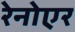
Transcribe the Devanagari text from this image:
रेनोएर